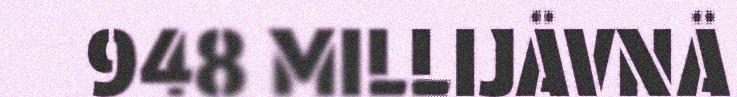
948 MILLIJÅVNÅ